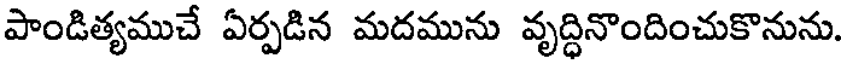
పాండిత్యముచే ఏర్పడిన మదమును వృద్ధినొందించుకొనును.